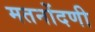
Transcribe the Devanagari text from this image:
मतनोंदणी